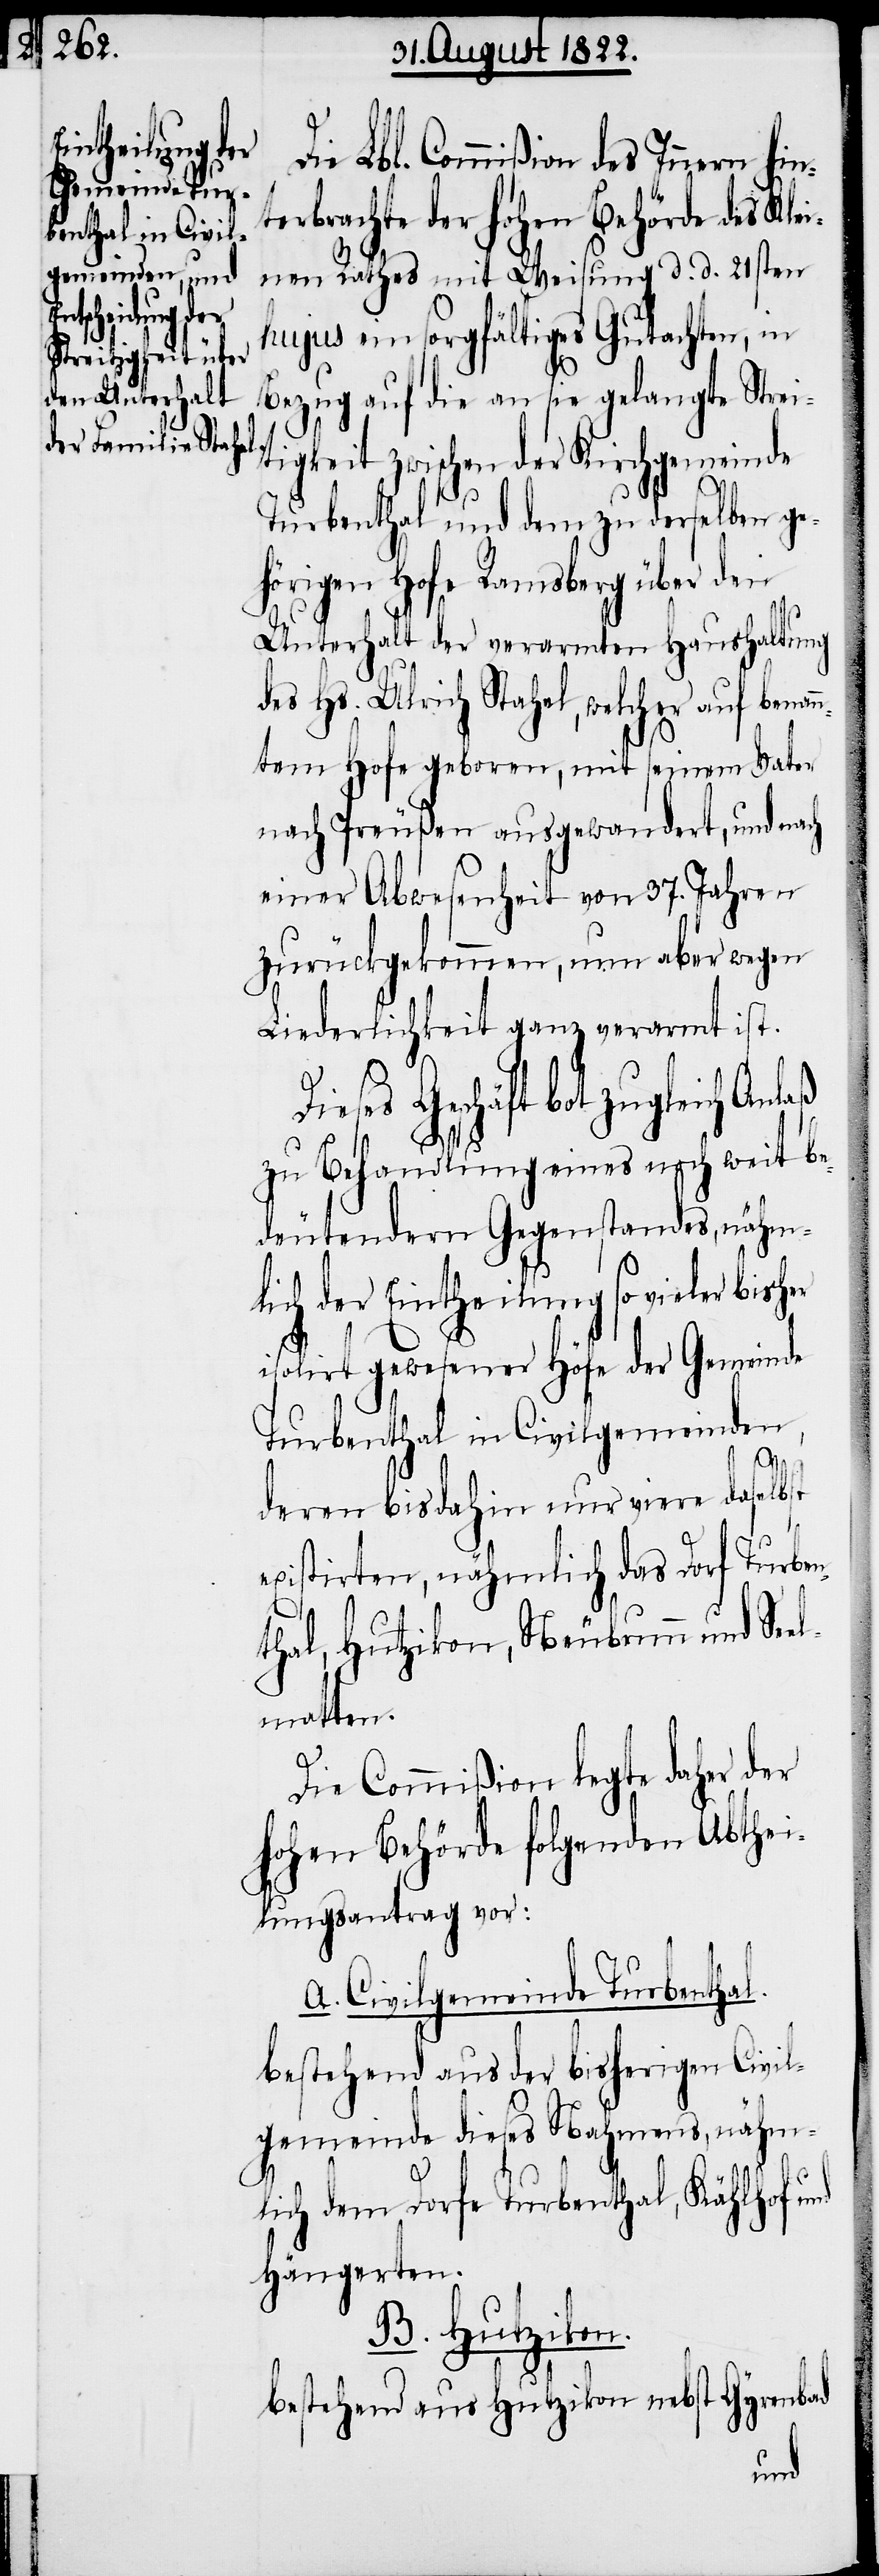
Die Lbl. Commißion des Innern hin¬
terbrachte der Hohen Behörde des Kle¬
inen Rathes mit Weisung d. d. 21sten
hujus ein sorgfältiges Gutachten, in
Bezug auf die an sie gelangte Stre¬
itigkeit zwischen der Kirchgemeinde
Turbenthal und dem zu derselben ge¬
hörigen Hofe Ramsberg über den
Unterhalt der verarmten Haushaltung
des Hs. Ulrich Stahel, welcher auf benan¬
ntem Hofe geboren, mit seinem Vater
nach Preußen ausgewandert, und nach
einer Abwesenheit von 37. Jahren
zurückgekommen, nun aber wegen
Liederlichkeit ganz verarmt ist.
Geschäft bot zugleich Anlaß
zu Behandlung eines noch weit be¬
deutendern Gegenstandes, nähm¬
lich der Eintheilung so vieler bisher
isolirt gewesener Höfe der Gemeinde
Turbenthal in Civilgemeinden,
deren bisdahin nur viere daselbst
existirten, nähmlich das Dorf Turben¬
thal, Hutzikon, Neubrunn und Se¬
elmatten.
Die Commißion legte daher der
Hohen Behörde folgenden Abthei¬
lungsantrag vor:
A. Civilgemeinde Turbenthal.
bestehend aus der bisherigen Civil¬
gemeinde dieses Nahmens, nähm¬
lich dem Dorfe Turbenthal, Kählhof
Hängerten.
B. Hutzikon.
bestehend aus Hutzikon nebst Gyrenbad
und